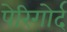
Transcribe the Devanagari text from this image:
पेरिगोर्द